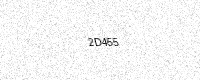
Text: 2D455